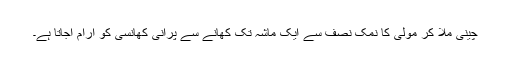
چینی ملا کر مولی کا نمک نصف سے ایک ماشہ تک کھانے سے پرانی کھانسی کو آرام آجاتا ہے۔